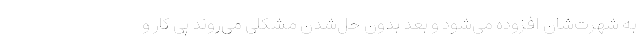
به شهرت‌شان افزوده می‌شود و بعد بدون حل‌شدن مشکلی می‌روند پی کار و